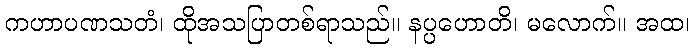
ကဟာပဏသတံ၊ ထိုအသပြာတစ်ရာသည်။ နပ္ပဟောတိ၊ မလောက်။ အထ၊